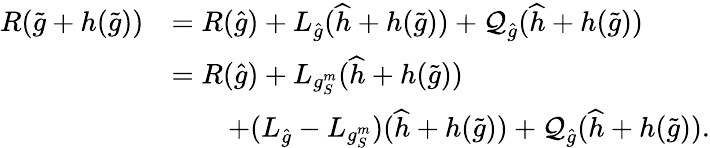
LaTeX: \begin{array}{rl}{R(\widetilde g+h(\widetilde g))}&{=R(\widehat g)+L_{\widehat g}(\widehat h+h(\widetilde g))+\mathcal Q_{\widehat g}(\widehat h+h(\widetilde g))}\\ &{=R(\widehat g)+L_{g_{S}^{m}}(\widehat h+h(\widetilde g))}\\ &{\qquad+(L_{\widehat g}-L_{g_{S}^{m}})(\widehat h+h(\widetilde g))+\mathcal Q_{\widehat g}(\widehat h+h(\widetilde g)).}\end{array}